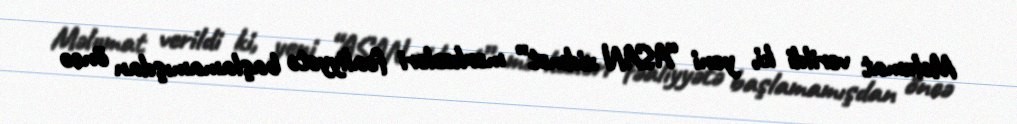
Məlumat verildi ki, yeni “ASAN xidmət” mərkəzləri fəaliyyətə başlamamışdan öncə